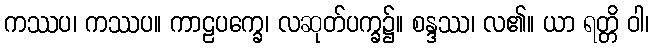
ကဿပ၊ ကဿပ။ ကာဠပက္ခေ၊ လဆုတ်ပက္ခ၌။ စန္ဒဿ၊ လ၏။ ယာ ရတ္တိ ဝါ၊